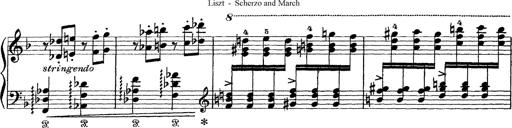
Title: Scherzo und Marsch
Composer: Franz Liszt